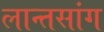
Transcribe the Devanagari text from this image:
लान्तसांग